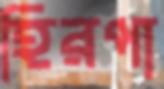
হিরপা